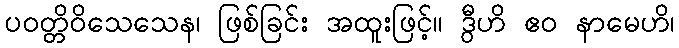
ပဝတ္တိဝိသေသေန၊ ဖြစ်ခြင်း အထူးဖြင့်။ ဒွီဟိ ဧဝ နာမေဟိ၊